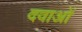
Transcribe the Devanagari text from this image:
दवाअों